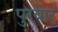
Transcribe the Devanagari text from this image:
पुरवार्